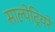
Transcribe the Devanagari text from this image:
साल्पेट्रियरे